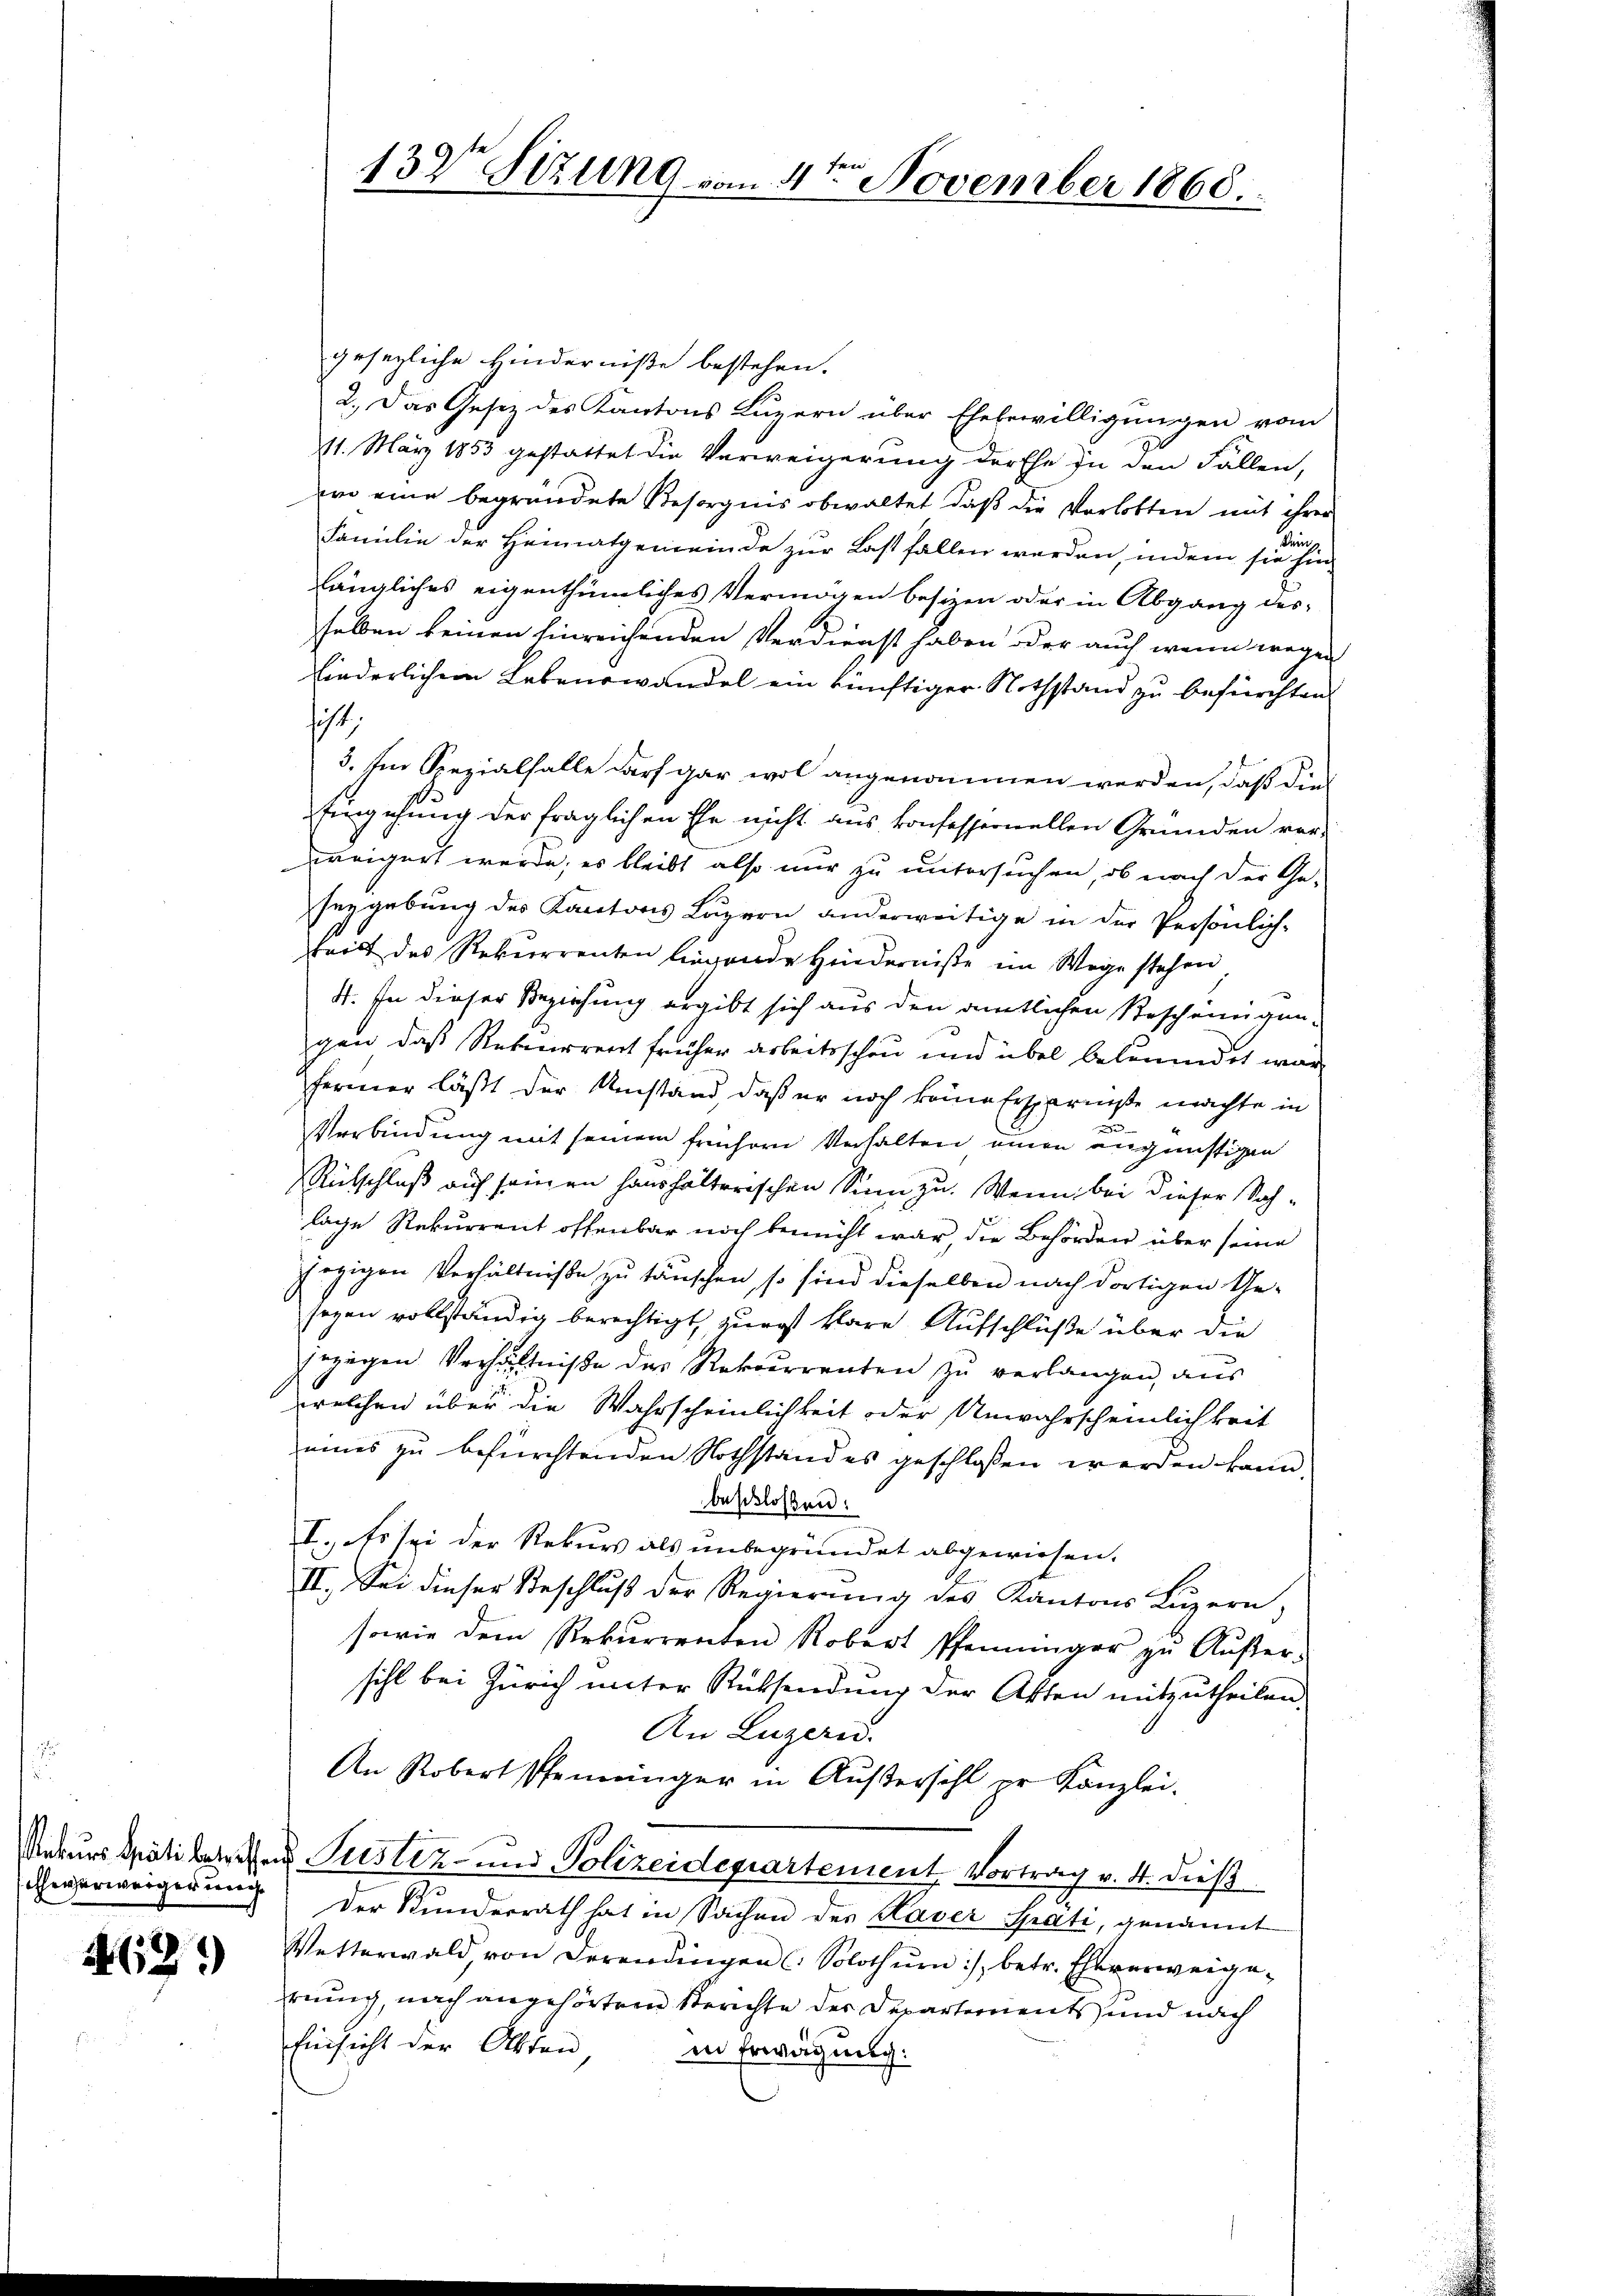
cheverweiger unch

462.

gesezliche Hinderniße bestehen.
2.) Das Gesetz des Kantons Luzern über Ehebewilligungen vom
11. März 1853 gestattet die Verweigerung der Ehe zu den Fällen,
wo eine begründete Besorgnis obwaltet, daß die Verlobten mit ihrer
Familie der Heimatgemeinde zur Last fallen werden, indem sie hin-
ängliches eigenthümliches Vermögen besizen oder in Abgang des-
s
selben keinen hinreichenden Verdienst haben oder auch wenn wegen
kinderlichem Lebenswandel ein künftiger Nothstand zu befürchten.
sit
3. Im Spezialfalle darf gar wol angenommen werden, daß dies
fingehung der fraglichen Ehe nicht aus konfessernellen Gründen ver-
weigert werde, es bleibt also nur zu untersuchen, ob nach der Ge-
seygebung des Kantons Luzern anderweitige in der Persönlich-
keilt des Rekurrenten liegende Hinderniße im Wege stehen
4. In dieser Beziehung ergibt sich aus den amtlichen Bescheinigen-
gen, daß Rekurrent früher arbeitsschen und übel beleumdet war
fermer läßt der Umstand, daß er noch keine Ersparniste machte in
Verbindung mit seinem frühern Verhalten einen angünstigen
Rütschluß auf seinen Haushalterischen Sinn zu. Wenn bei dieser Sohlage Rekurrent offenbar noch bemüht war, die Behörden über seine
jegigen Verhältnisse zu täuschen, so sind dieselben nach dortigen Gesegen vollständig berechtigt, zuerst klare Aufschlüße über die
jezigen Verhältniße des Rekurrenten zu verlangen, aus
welchen über die Wahrscheinlichkeit oder Unwahrscheinlichkeit
eines zu befürchtenden Nothstandes geschlossen werden kann,
beschlossen:
I. Es sei der Rekurs als unbegründet abgewiesen.
II. Sei dieser Beschluß der Regierung des Kantons Luzern,
sowie dem Rekurrenten Robert Pfenninger zŭ Aŭβer-
sihl bei Zürich unter Rücksendung der Akten mitzutheilen.
An Luzeris
An Robert Pfenninger in Aŭβersahl pr Kanzlei-
Rekurs Spätikerschen Pustiz- und Polizeidepartement, Vortrag v. 4. dieß
Der Kunderrath hat in Sachen des Kaver Späti, genannt
Vetterwald, von derendingen ( Solothurn), betr. Eheverweigeruung, nach angehörtem Serichte der Departements und nach
Einsicht der Akten, in Erwägung:

132t Sizung vom 4te͇n November 1868.